Leaving Certificate Examination (including Day School Certificate (Higher) General paper), 1938
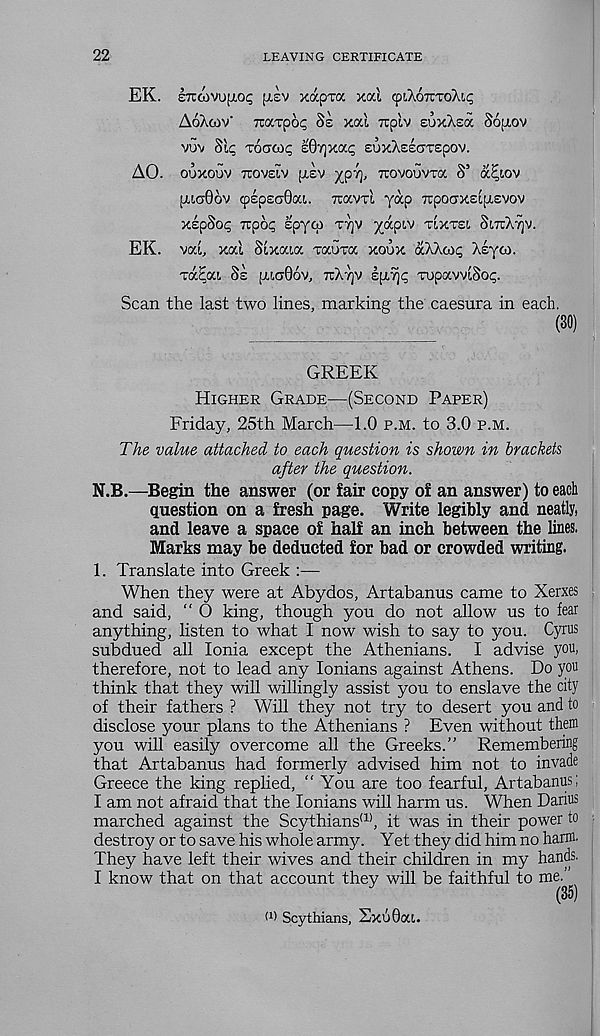
22
LEAVING CERTIFICATE
EK. sTcoivufxoi; [i.£v xapxa xal (piAoxToXL^
AoXcov' Traxpop Ss xai irplv suxXsa §6:J.OV
VUV Sip XOCTOip £07] XOCp £UxXE£GX£pOV.
AO. OUXOUV TIOVEIV [LEV ^p7), TTOVOUVXa S’ OC^IOV
[TLG0OV Cp£pEG0ai.
TtaVXl yap TTpOarXEipiEVOV
XEpSop Tupop Epycp X7]V X“P lV TlXXSl Sl7rX7]V.
EK. vcri, xai Sixaia xauxa xoux aXXcop XEyoi.
xaEai SE (LIG06V, TTXTJV IpiTjc xupavviSop.
Scan the last two lines, marking the caesura in each.
(30)
GREEK
HIGHER GRADE—(SECOND PAPER)
Friday, 25th March—1.0 P.M. to 3.0 P.M.
The value attached to each question is shown in brackets
after the question.
N.B.—Begin the answer (or fair copy of an answer) to each
question on a fresh page. Write legibly and neatly,
and leave a space of half an inch between the lines.
Marks may be deducted for bad or crowded writing.
1. Translate into Greek :—
When they were at Abydos, Artabanus came to Xerxes
and said, “ O king, though you do not allow us to fear
anything, listen to what I now wish to say to you. Cyrus
subdued all Ionia except the Athenians. I advise you,
therefore, not to lead any lonians against Athens. Do you
think that they will willingly assist you to enslave the city
of their fathers ? Will they not try to desert you and to
disclose your plans to the Athenians ? Even without them
you will easily overcome all the Greeks.” Remembering
that Artabanus had formerly advised him not to invade
Greece the king replied, “ You are too fearful, Artabanus;
I am not afraid that the lonians will harm us. When Darius
marched against the Scythians (1) , it was in their power to
destroy or to save his whole army. Yet they did him no harm.
They have left their wives and their children in my hands.
I know that on that account they will be faithful to me.
(35)
W Scythians, Sxu0at.